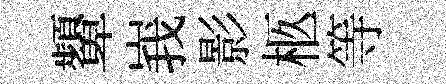
顰峩影柩等